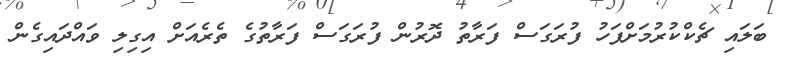
ބަލައި ޗެކްކުރުމަށްފަހު ފުރަގަސް ފަރާތު ދޮރުން ފުރަގަސް ފަރާތުގެ ތެރެއަށް އިގިލި ވައްދައިގެން